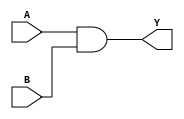
// 2 input AND gate model
module and2(A, B, Y);
    input A;
    input B;
    output Y;

assign Y = A & B;

endmodule